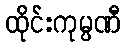
ထိုင်းကုမ္ပဏီ